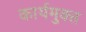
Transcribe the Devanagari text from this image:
कार्यमुक्‍त